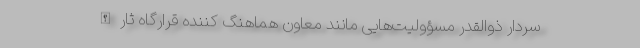
سردار ذوالقدر مسؤولیت‌هایی مانند معاون هماهنگ کننده قرارگاه ثارالله